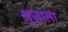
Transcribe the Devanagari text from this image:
शुजाला